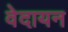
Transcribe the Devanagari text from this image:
वेदायन